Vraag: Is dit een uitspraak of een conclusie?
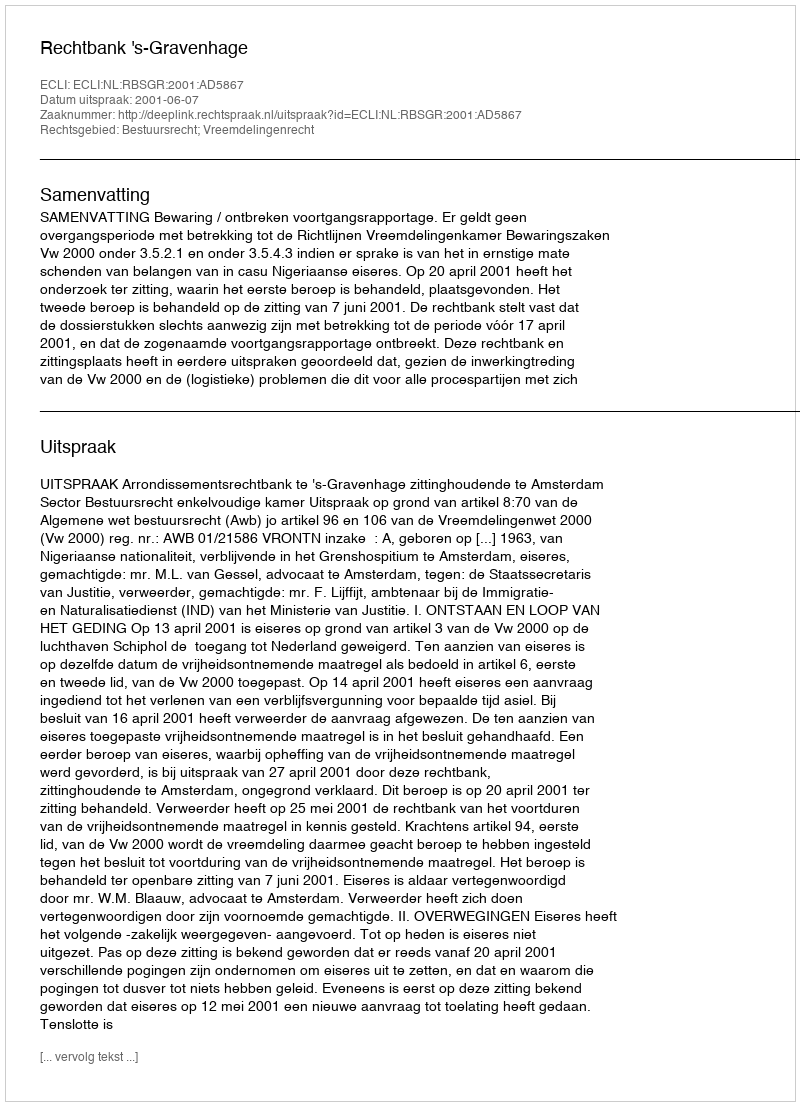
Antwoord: Uitspraak